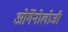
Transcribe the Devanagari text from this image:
ओर्गेनोलोजी